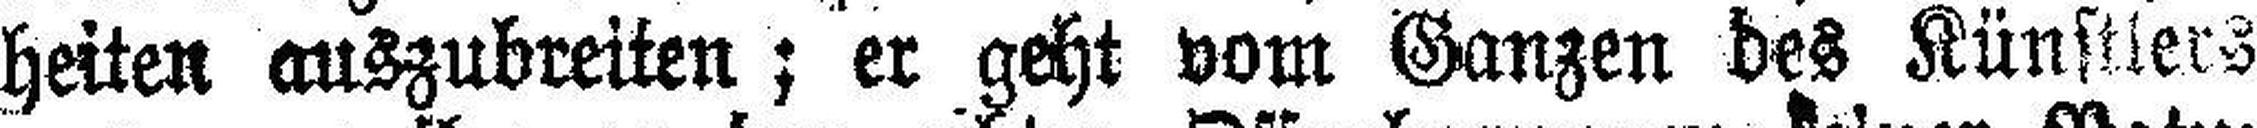
heiten auszubreiten; er geht vom Ganzen des Künstlers